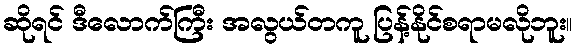
ဆိုရင် ဒီလောက်ကြီး အလွယ်တကူ ပြန့်နိုင်စရာမလိုဘူး။